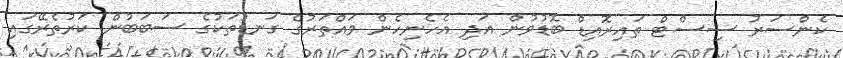
ކެންސަރު ސިސްޓް ތައިރޮއިޑް ބޮޑުވުން އަދި އެހެނިހެން ވައްތަރުގެ ގަނޑުތަކުގެ ސަބަބުން ކަރުތެރޭގައި